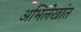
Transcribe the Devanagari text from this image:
अभिलेखांत